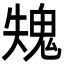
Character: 𩲫